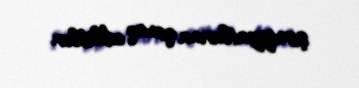
şirniyyatlarına qonaq ediliblər.